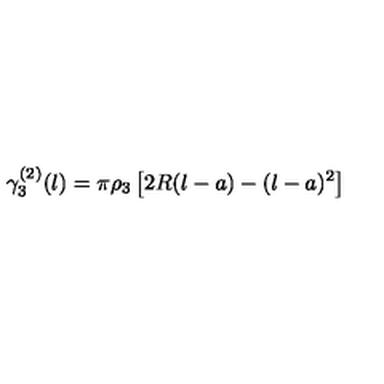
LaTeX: \gamma _ { 3 } ^ { ( 2 ) } ( l ) = \pi { \rho _ { 3 } } \left[ 2 R ( l - a ) - ( l - a ) ^ { 2 } \right]